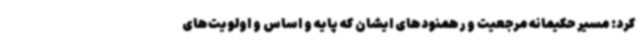
کرد: مسیر حکیمانه مرجعیت و رهمنودهای ایشان که پایه و اساس و اولویت‌های